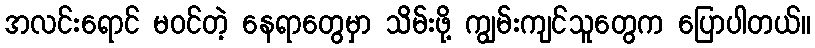
အလင်းရောင် မဝင်တဲ့ နေရာတွေမှာ သိမ်းဖို့ ကျွမ်းကျင်သူတွေက ပြောပါတယ်။